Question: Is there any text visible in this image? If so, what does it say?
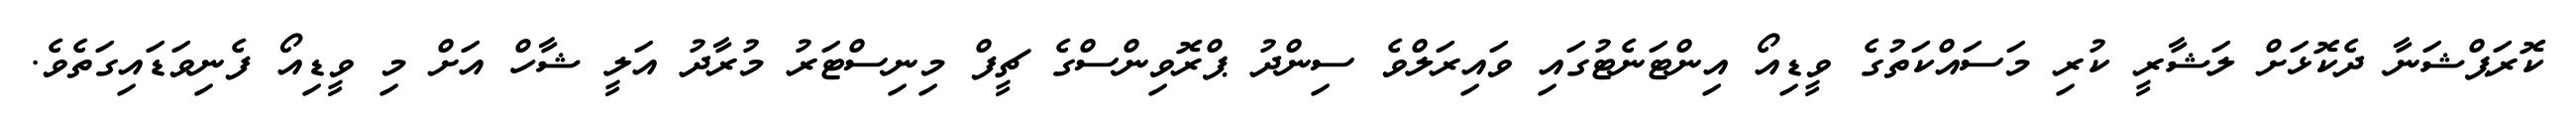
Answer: ކޮރަޕްޝަނާ ދެކޮޅަށް ލަޝާރީ ކުރި މަސައްކަތުގެ ވީޑިއޯ އިންޓަނެޓުގައި ވައިރަލްވެ ސިންދު ޕްރޮވިންސްގެ ޗީފް މިނިސްޓަރު މުރާދު އަލީ ޝާހް އަށް މި ވީޑިއޯ ފެނިވަޑައިގަތެވެ.